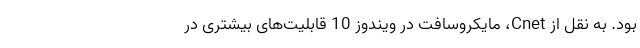
بود. به نقل از Cnet، مایکروسافت در ویندوز 10 قابلیت‌های بیشتری در